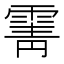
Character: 䨝